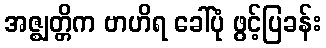
အဇ္ဈတ္တိက ဗာဟိရ ခေါ်ပုံ ဖွင့်ပြခန်း